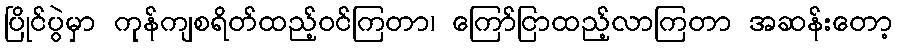
ပြိုင်ပွဲမှာ ကုန်ကျစရိတ်ထည့်ဝင်ကြတာ၊ ကြော်ငြာထည့်လာကြတာ အဆန်းတော့